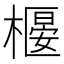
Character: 𣚼